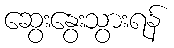
ဆွေးနွေးသွားရန်